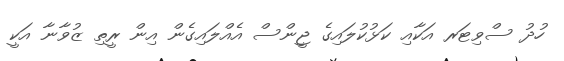
ހުދު ސްވިޓަރ އަކާއި ކަޅުކުލައިގެ ޖީންސް އެއްލައިގެން އިން ރީތި ޒުވާނާ އަކީ